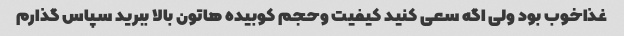
غذاخوب بود ولی اگه سعی کنید کیفیت وحجم کوبیده هاتون بالا ببرید سپاس گذارم